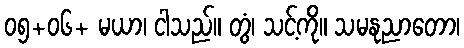
၀၅+၀၆+ မယာ၊ ငါသည်။ တွံ၊ သင့်ကို။ သမနုညာတော၊